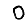
Digit: 0